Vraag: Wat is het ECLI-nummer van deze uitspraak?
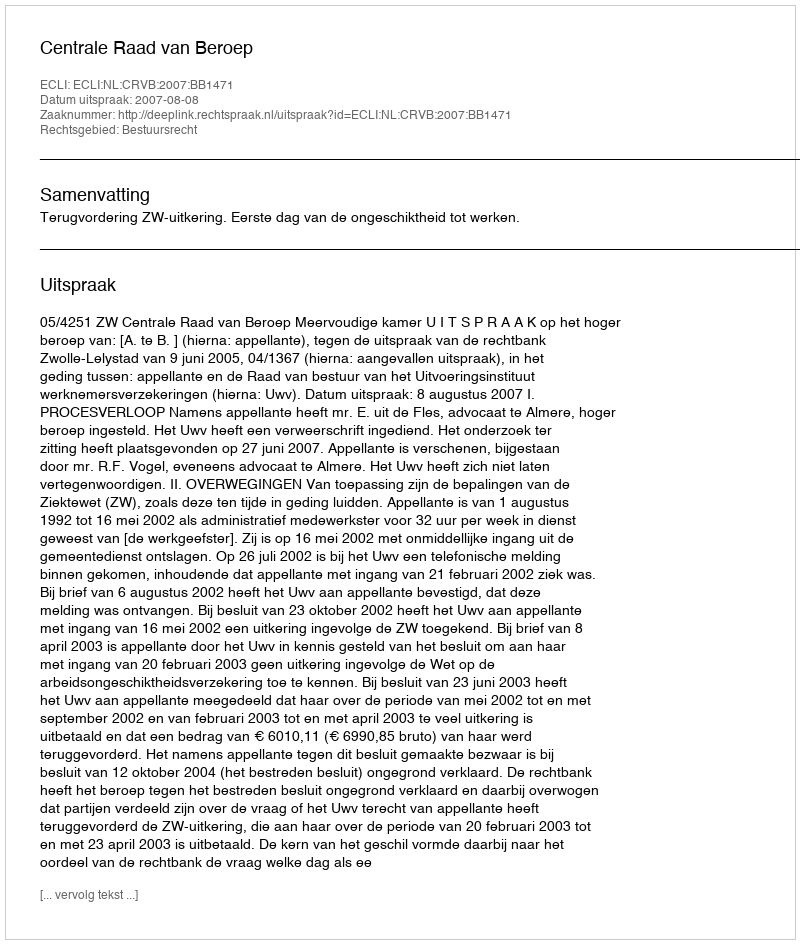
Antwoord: ECLI:NL:CRVB:2007:BB1471